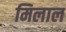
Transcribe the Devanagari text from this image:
मिलाल